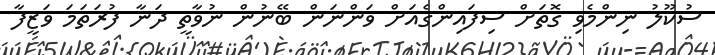
ސުކޫލު ނިންމެވި ގޮތަށް ސިފައިންގެއަށް ވަންނަން ބޭނުން ނުވާތީ ދަނާ ފުރަތަމަ ވަޒީފާ